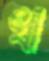
খা